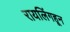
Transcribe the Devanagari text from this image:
रायलिंगहून